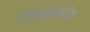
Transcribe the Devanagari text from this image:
ट्राइलोबाइटीज़